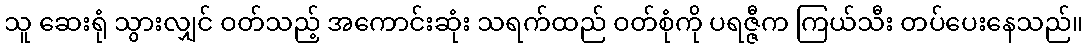
သူ ဆေးရုံ သွားလျှင် ဝတ်သည့် အကောင်းဆုံး သရက်ထည် ဝတ်စုံကို ပရဇ္ဇီက ကြယ်သီး တပ်ပေးနေသည်။